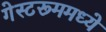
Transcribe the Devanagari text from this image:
गेस्टरूममध्ये